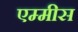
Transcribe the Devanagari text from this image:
एम्मीस